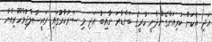
އަދި އެކަން ކުރިއަށްގެންދާނީ ކުރީގެ ބަންޑާރަ ނާއިބު އަދި މި ސަރުކާރުގައި ރައީސުލްޖުމްހޫރިއްޔާ